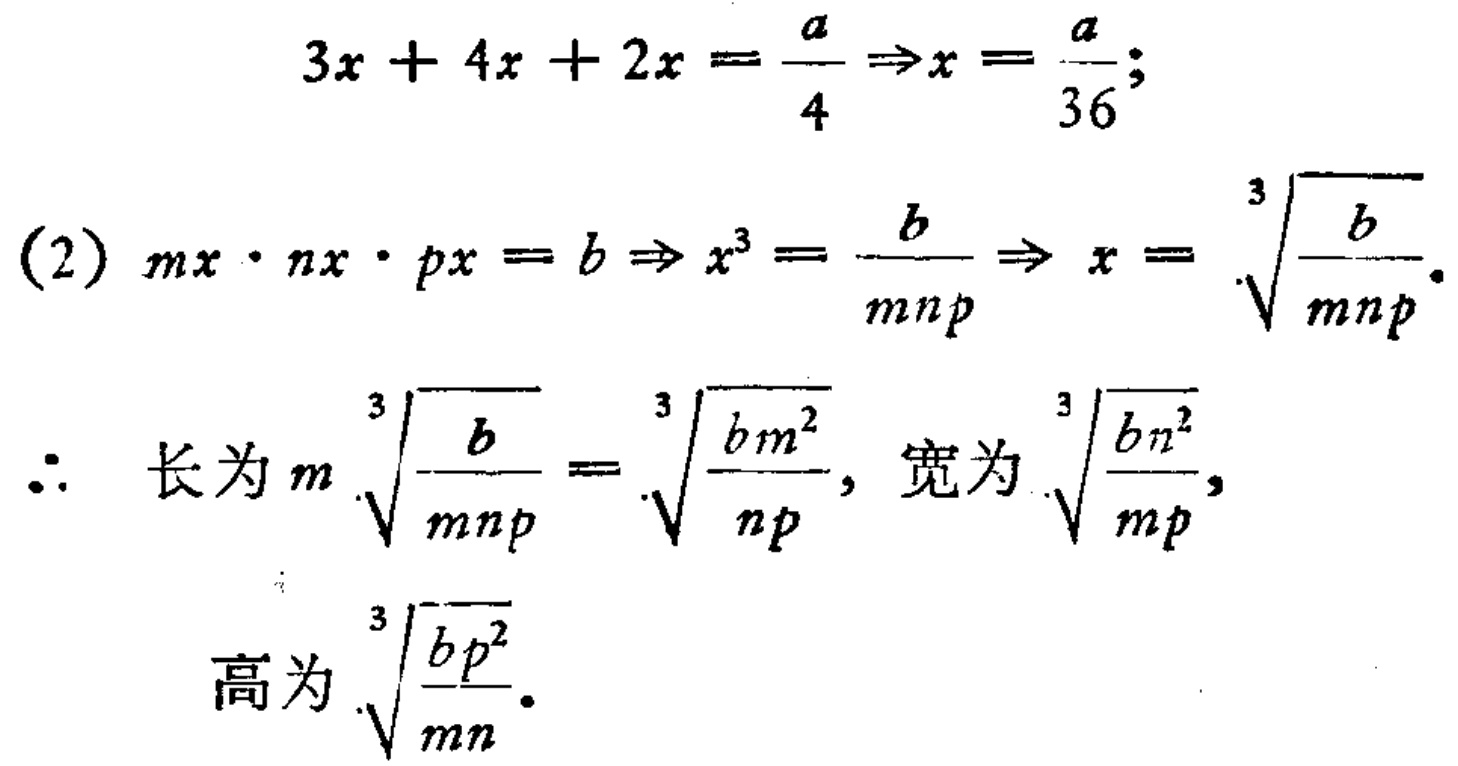
\[
\begin{align*}
3x + 4x + 2x&=\frac{a}{4}\Rightarrow x=\frac{a}{36};\\
(2)\ mx\cdot nx\cdot px&=b\Rightarrow x^{3}=\frac{b}{mnp}\Rightarrow x = \sqrt[3]{\frac{b}{mnp}}.\\
\therefore \text{ 长为 }m\sqrt[3]{\frac{b}{mnp}}&=\sqrt[3]{\frac{bm^{2}}{np}},\text{ 宽为 }\sqrt[3]{\frac{bn^{2}}{mp}},\\
\text{高为 }\sqrt[3]{\frac{bp^{2}}{mn}}.
\end{align*}
\]